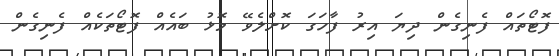
ފޮޓޯތައް ފެނިގެން ދިޔަ އިރު ފާހަގަ ކޮށްލެވޭ މޮޅު ބައެއް ފޮޓޯތަކެއް ފެނިގެން